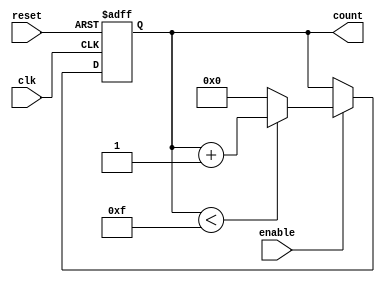
module binary_counter #(
    parameter N = 15  // Maximum value (can be adjusted as needed)
)(
    input wire clk,         // Clock signal
    input wire reset,       // Asynchronous reset signal
    input wire enable,      // Enable signal
    output reg [n-1:0] count // Current count value
);

    // Calculate the number of bits needed for the counter
    localparam n = $clog2(N + 1);

    // Always block for counter logic
    always @(posedge clk or posedge reset) begin
        if (reset) begin
            count <= 0;  // Reset the counter to 0
        end else if (enable) begin
            if (count < N) begin
                count <= count + 1;  // Increment count
            end else begin
                count <= 0;  // Wrap around to 0
            end
        end
    end

endmodule